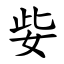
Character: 姕